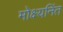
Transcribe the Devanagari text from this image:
मोक्ष्यनिंत